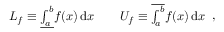
{ \begin{array} { r l } { L _ { f } \equiv { \underline { { \int _ { a } ^ { b } } } } f ( x ) \, \mathrm { d } x } & { { } \quad U _ { f } \equiv { \overline { { \int _ { a } ^ { b } } } } f ( x ) \, \mathrm { d } x } \end{array} } ,